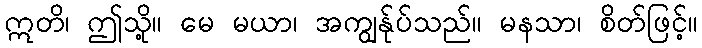
ဣတိ၊ ဤသို့။ မေ မယာ၊ အကျွန်ုပ်သည်။ မနသာ၊ စိတ်ဖြင့်။